Annual report of the Punjab Veterinary College and of the Civil Veterinary Department, Punjab - 1909-1919
Year: 1909
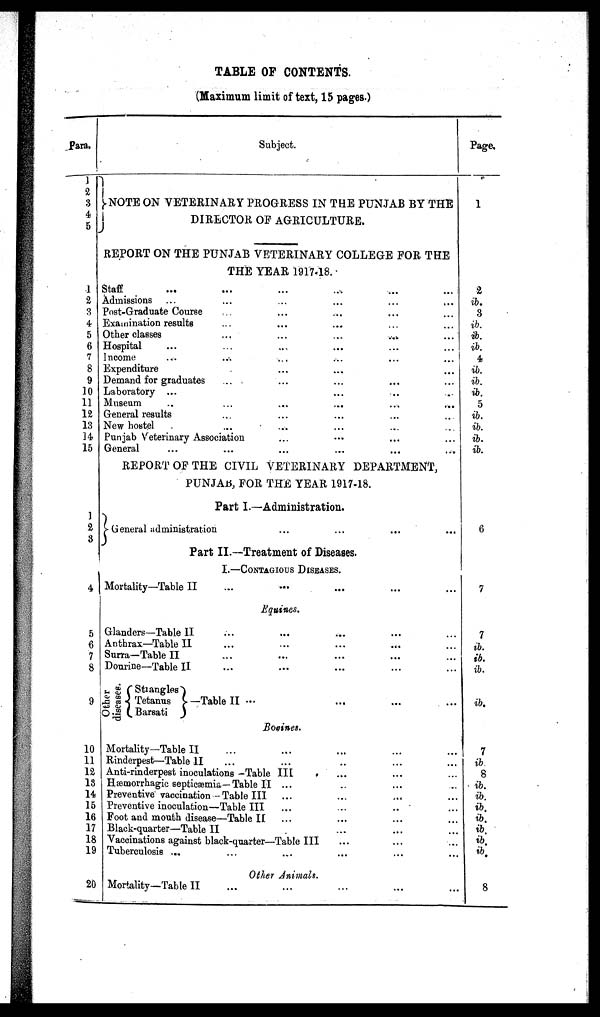
TABLE OF CONTENTS.
(Maximum limit of text, 15 pages.)
Para.
1
2
3
4
5
1
2
3
4
5
6
7
8
9
10
11
12
13
14
15
1
2
3
4
5
6
7
8
9
10
11
12
13
14
15
16
17
18
19
20
Subject.
NOTE ON VETERINARY PROGRESS IN THE PUNJAB BY THE
DIRECTOR OF AGRICULTURE.
REPORT ON THE PUNJAB VETERINARY COLLEGE FOR THE
THE YEAR 1917-18.
Staff ... ... ... ... ... ...
Admissions ... ... ... ... ... ...
Post-Graduate Course ... ... ... ...
Examination results ... ... ... ... ...
Other classes ... ... ... ... ... ...
Hospital … … … … ... ...
Income
...
...
...
...
...
... ...
Expenditure … … … … ... ...
Demand for graduates … … … … ... ...
Laboratory ... … … … … ... ...
Museum … … … … ... ...
General results … … … … ... ...
New hostel … … … …
Punjab Veterinary Association … … … …
General … … … … ... ...
REPORT OF THE CIVIL VETERINARY DEPARTMENT,
PUNJAB FOR THE YEAR 1917-18.
Part I.—Administration.
General administration ... ... ... ... ... ...
Part II.—Treatment of Diseases.
I.—CONTAGIOUS DISEASES.
Mortality—Table II … … … … ... ...
Equines.
Glanders—Table II … … … … ... ...
Anthrax—Table II … … … … ... ...
Surra—Table II … … … … ... ...
Dourine—Table II … … … … ... ...
Other {Strangles }
diseases. {Tetanus } — Table II ... ... ... ...
{ Barsati }
Bovines.
Mortality—Table II … … … … ...
Rinderpest—Table II … … … … ...
Anti-rinderpest inoculations -Table III … … … …
Hæmorrhagic septicæmia— Table II ... … … … …
Preventive vaccination - Table III … … … …
Preventive inoculation—Table III … … … …
Foot and mouth disease—Table II … … … …
Black-quarter—Table II … … … …
Vaccinations against black-quarter—Table III … … … …
Tuberculosis … … … …
Other Animals.
Mortality—Table II … … … …
Page.
1
2
ib.
3
ib.
ib. ib.
4
ib.
ib.
ib.
5
ib.
ib.
ib.
ib.
6
7
7
ib.
ib.
ib.
ib.
7
ib
8
ib.
ib.
ib.
ib.
ib.
ib.
ib.
8